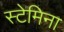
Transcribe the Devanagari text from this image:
स्टेमिना